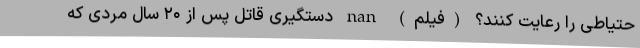
حتیاطی را رعایت کنند؟ (فیلم) nan دستگیری قاتل پس از ۲۰ سال مردی که